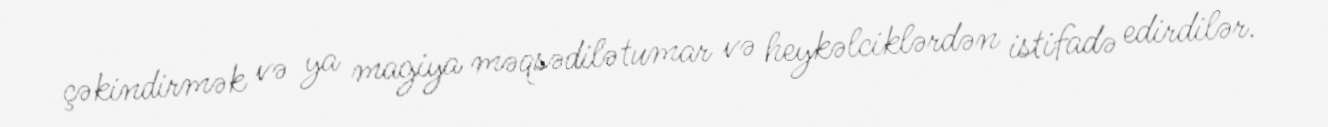
çəkindirmək və ya magiya məqsədilə tumar və heykəlciklərdən istifadə edirdilər.